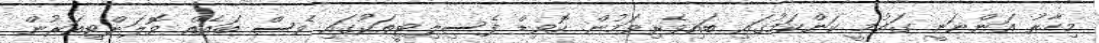
މިހާރު އަންނަނީ ގައުމީ ކަންކަމުގައި ބައިވެރިވަމުން. ކޮވިޑް ފެސިލިޓީތަކުގައި ވެސް ބައެއް ވޮލަންޓިއަރުން